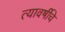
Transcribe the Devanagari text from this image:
त्यावर्षीचे